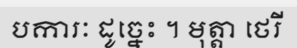
បការៈ ដូច្នេះ ។ មុត្តា ថេរី